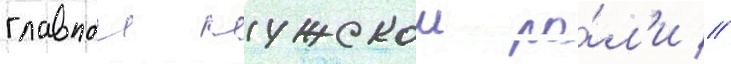
главнои мужскои ро́л'и //